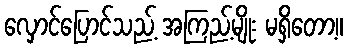
လှောင်ပြောင်သည့် အကြည့်မျိုး မရှိတော့။